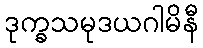
ဒုက္ခသမုဒယဂါမိနီ